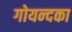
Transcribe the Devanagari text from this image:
गोयन्‍दका